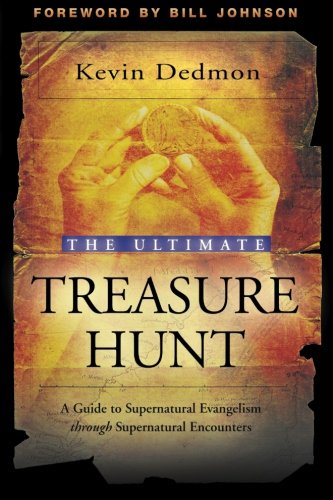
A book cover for The Ultimate Treasure Hunt: A Guide to Supernatural Evangelism Through Supernatural Encounters; Kevin Dedmon; Christian Books & Bibles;